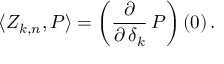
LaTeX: \langle Z _ { k , n } , P \rangle = \left( { \frac { \partial } { \partial \, \delta _ { k } } } \, P \right) ( 0 ) \, .